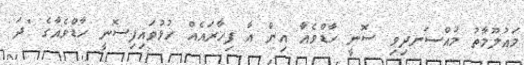
މައުލޫމާތު މުއްސަނދިވި ސޮނީ ހާޑްވެއާ އިން އާ ފިހާރައެއް ހުޅުވައިފިސޮނީ ހާޑްވެއާގެ "ދަ